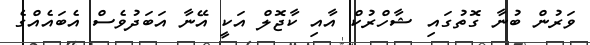
ވަރުން ބުނާ ގޮތުގައި ޝާހްރުކް އާއި ކާޖޮލް އަކީ އޭނާ އަބަދުވެސް އެބައެއްގެ